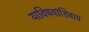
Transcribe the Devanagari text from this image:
याविषयांशिवाय